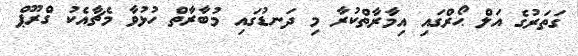
ގަތަރުގެ އަލް ޙޯރްގައި އިމާރާތްކުރާ މި ދަނޑުގައި މުބާރާތް ހުޅުވާ މެޗާއެކު ގްރޫޕް